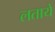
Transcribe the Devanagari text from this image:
लतायें